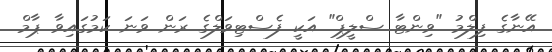
އޭނާގެ ފިލްމު "ވިންޓާ ސްލީޕް" އަކީ ފެސްޓިވަލްގެ ރަން ވަނަ ކަމުގައިވާ ޕާމް